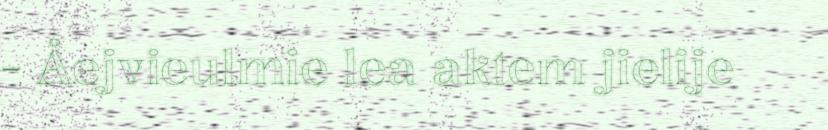
- Åejvieulmie lea aktem jielije